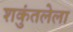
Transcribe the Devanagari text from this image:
शकुंतलेला